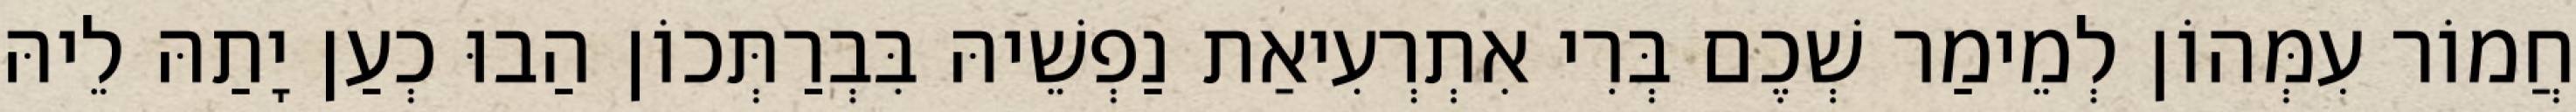
חֲמוֹר עִמְּהוֹן לְמֵימַר שְׁכֶם בְּרִי אִתְרְעִיאַת נַפְשֵׁיהּ בִּבְרַתְּכוֹן הַבוּ כְעַן יָתַהּ לֵיהּ